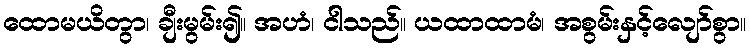
ထောမယိတွာ၊ ချီးမွမ်း၍။ အဟံ၊ ငါသည်။ ယထာထာမံ၊ အစွမ်းနှင့်လျော်စွာ။